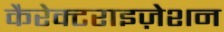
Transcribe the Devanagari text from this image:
कैरेक्टराइज़ेशन